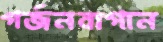
গর্জনবাগান